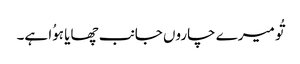
تُو میرے چاروں جانب چھایا ہوُا ہے۔